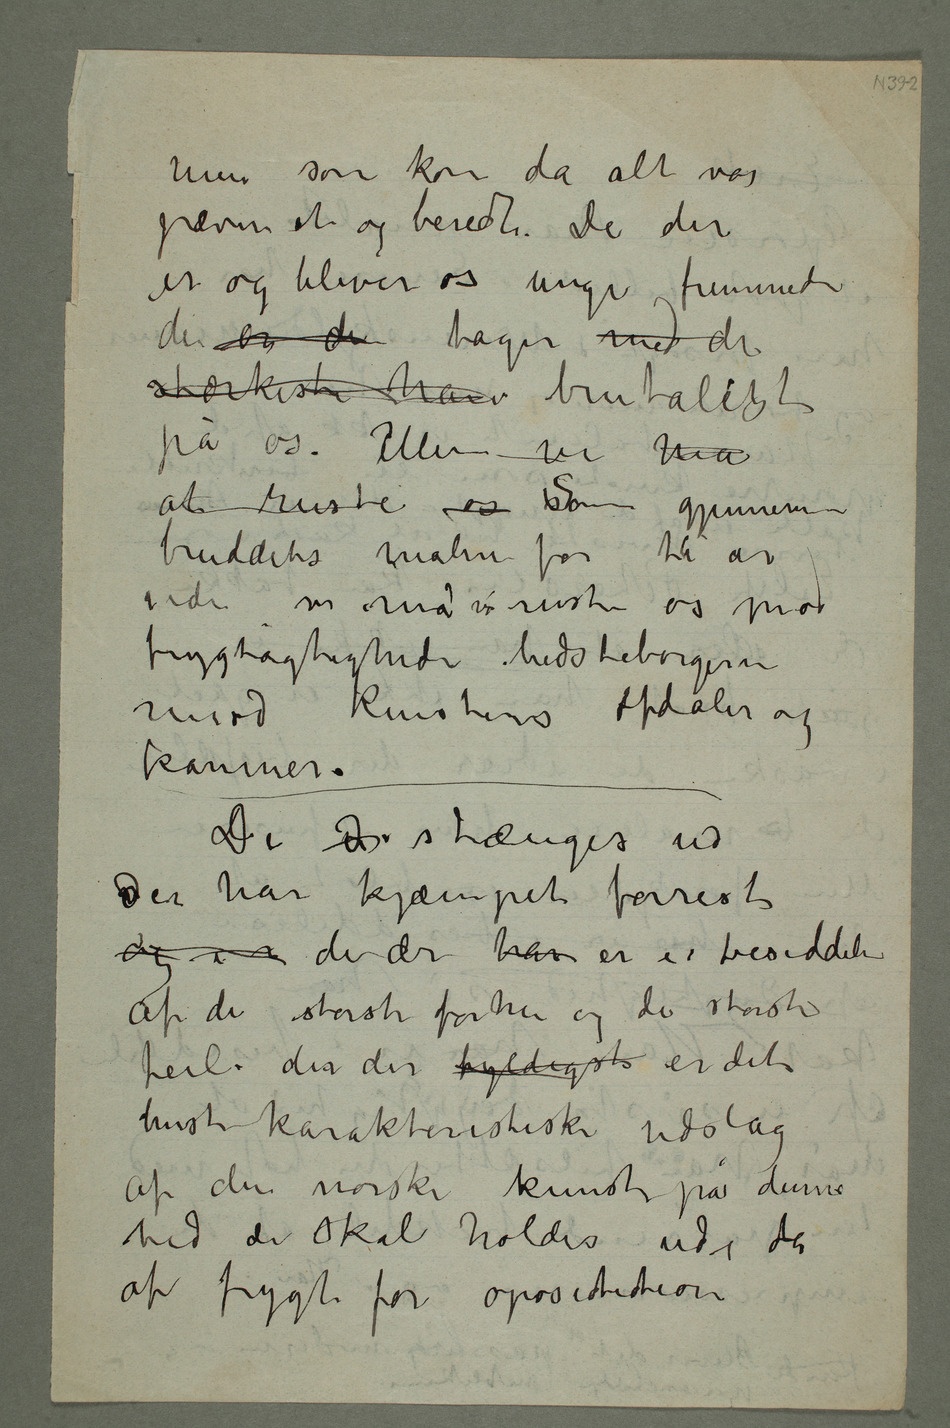
men som kom da alt var
jævnet og beredt. De der
er og bliver os unge fremmede
der og de tager med de
stærkeste hav brutalitet
på os. Men vi må
at ruste os sSom gjennem-
bruddets malere for ti år
siden nu må vi ruste os mod
frygtagtigheden bedsteborgerne
mod kunstens afdaler og
kammer.
De der stænges ud
der har kjæmpet forrest
og i  de der har er i besiddelse
af de største fortrin og de største
feil, de der tydeligst er det
mest karakteristiske udslag
af den norske kunst på denne
tid de skal holdes ude der
af frygt for opositition